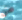
من